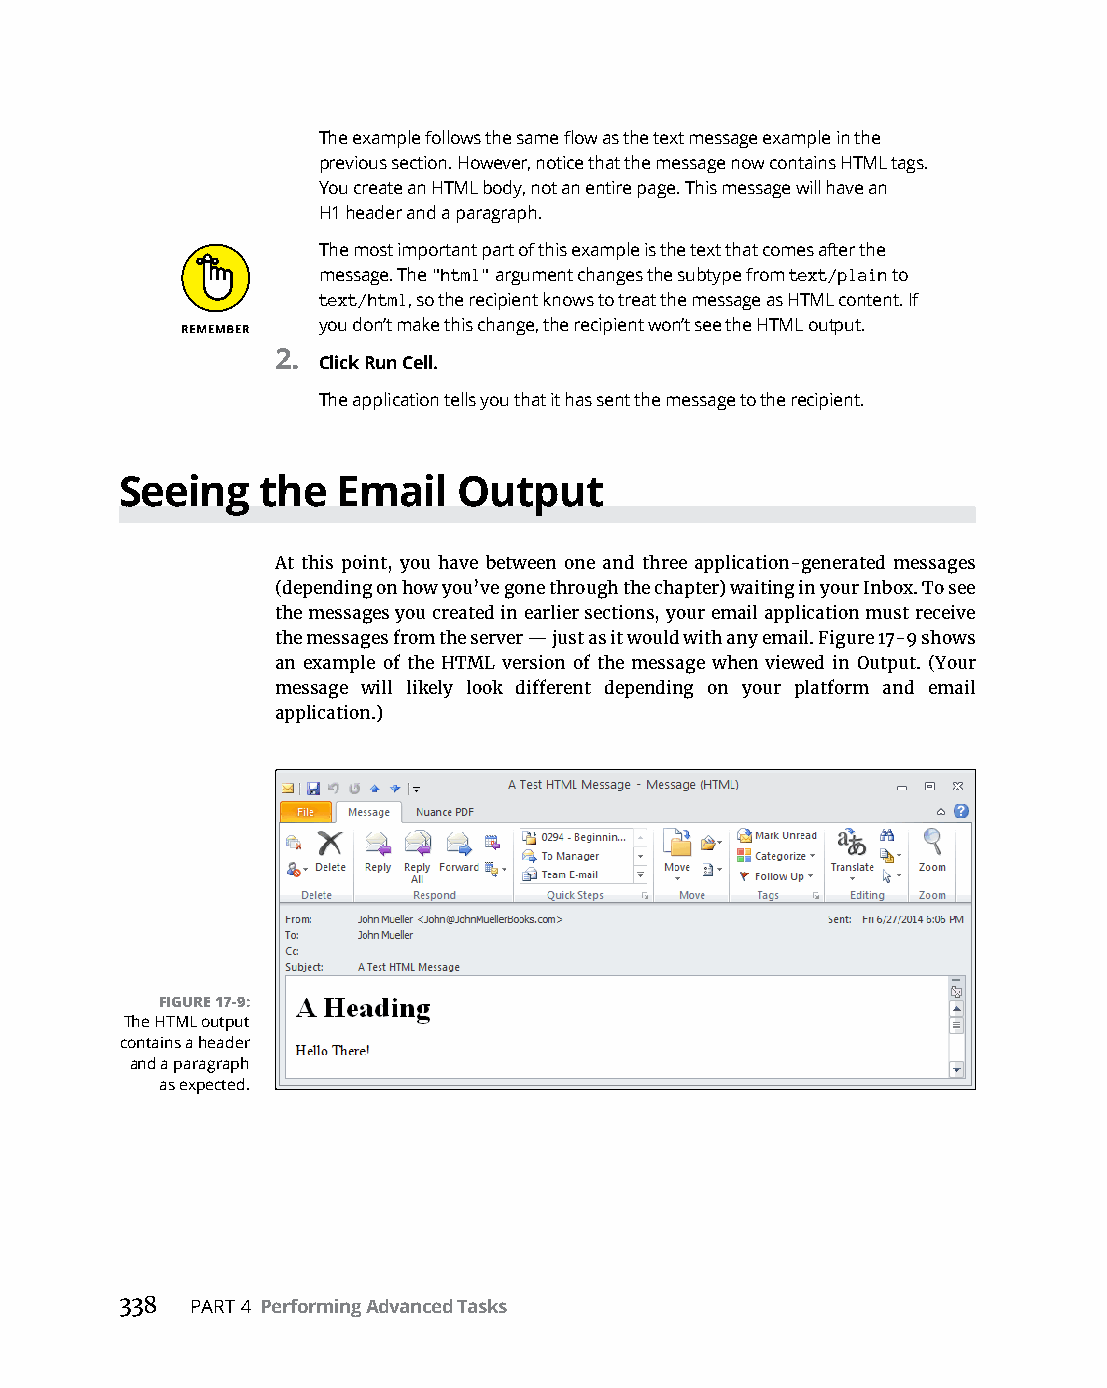
The example follows the same flow as the text message example in the
 previous section. However, notice that the message now contains HTML tags.
 You create an HTML body, not an entire page. This message will have an
 H1 header and a paragraph.
 The most important part of this example is the text that comes after the
 message. The "html" argument changes the subtype from text/plain to
 text/html, so the recipient knows to treat the message as HTML content. If
 you don’t make this change, the recipient won’t see the HTML output.
 2.
 Click Run Cell.
 The application tells you that it has sent the message to the recipient.
 Seeing   the  Email   Output
 At this point, you have between one and three application-generated messages
 (depending on how you’ve gone through the chapter) waiting in your Inbox. To see
 the messages you created in earlier sections, your email application must receive
 the messages from the server — just as it would with any email. Figure 17-9 shows
 an example of the HTML version of the message when viewed in Output. (Your
 message will likely look different depending on your platform and email
 application.)
 FIGURE 17-9:
 The HTML output
 contains a header
 and a paragraph
 as expected.
 338  PART 4 Performing Advanced Tasks